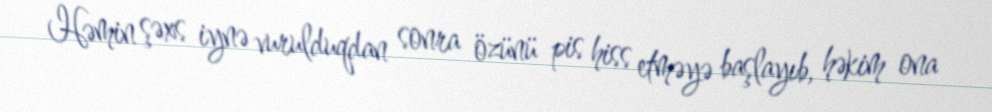
Həmin şəxs iynə vurulduqdan sonra özünü pis hiss etməyə başlayıb, həkim ona